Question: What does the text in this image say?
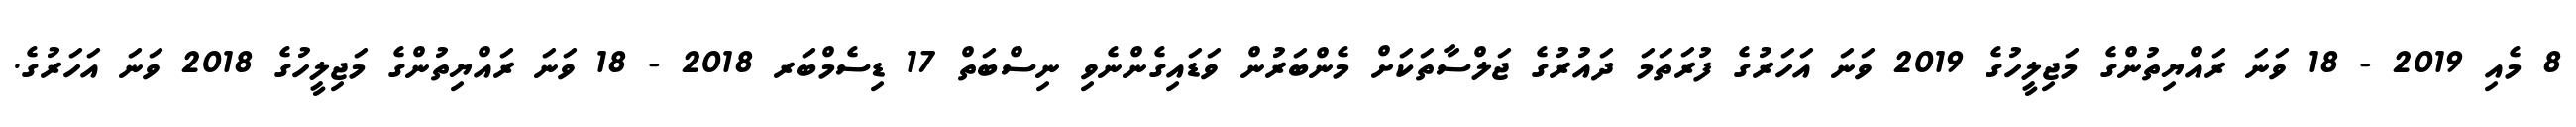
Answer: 8 މެއި 2019 - 18 ވަނަ ރައްޔިތުންގެ މަޖިލީހުގެ 2019 ވަނަ އަހަރުގެ ފުރަތަމަ ދައުރުގެ ޖަލްސާތަކަށް މެންބަރުން ވަޑައިގެންނެވި ނިސްބަތް 17 ޑިސެމްބަރ 2018 - 18 ވަނަ ރައްޔިތުންގެ މަޖިލީހުގެ 2018 ވަނަ އަހަރުގެ.